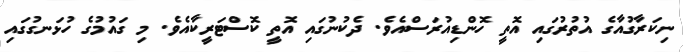
ނިކަރާގުއާގެ އުތުރުގައި އޮތީ ހޮންޑިއުރަސްއެވެ. ދެކުނުގައި އޮތީ ކޮސްޓަރީކާއެވެ. މި ގައުމުގެ ހުޅަނގުގައި